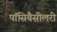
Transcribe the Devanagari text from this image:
पॉसिबैसीलरी